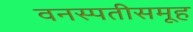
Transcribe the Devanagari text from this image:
वनस्पतीसमूह